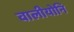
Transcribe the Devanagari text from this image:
वालीयोनि